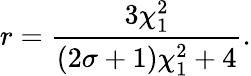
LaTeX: r=\frac{3\chi_{1}^{2}}{(2\sigma+1)\chi_{1}^{2}+4}.